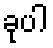
ခုပါ